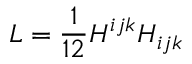
{ \cal L } = { \frac { 1 } { 1 2 } } { H ^ { i j k } H _ { i j k } }